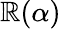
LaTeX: \mathbb{R}(\alpha)